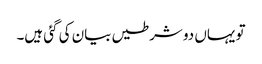
تو یہاں دو شرطیں بیان کی گئی ہیں۔